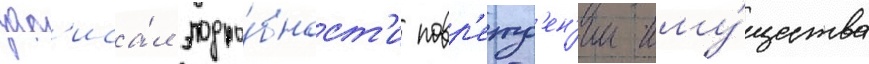
зап'иса́л подро́бност'и повр'ежд'ен'ии иму́щества